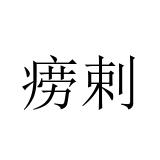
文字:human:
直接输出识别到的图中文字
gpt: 痨剌